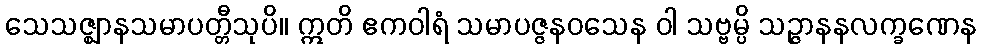
သေသဇ္ဈာနသမာပတ္တီသုပိ။ ဣတိ ဧကဝါရံ သမာပဇ္ဇနဝသေန ဝါ သဗ္ဗမ္ပိ သဉ္ဇာနနလက္ခဏေန